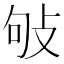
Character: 𢼒